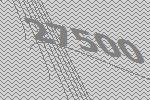
27500